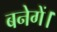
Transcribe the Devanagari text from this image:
बनेगें।